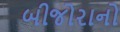
બીજોરાનો